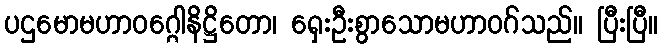
ပဌမောမဟာဝဂ္ဂေါနိဋ္ဌိတော၊ ရှေးဦးစွာသောမဟာဝဂ်သည်။ ပြီးပြီ။